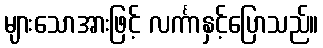
များသောအားဖြင့် လင်္ကာနှင့်ပြောသည်။